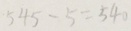
5 4 5 - 5 = 5 4 0